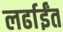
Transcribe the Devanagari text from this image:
लर्ढाईंत